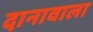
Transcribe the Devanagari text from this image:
दानावाला